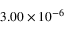
3 . 0 0 \times 1 0 ^ { - 6 }